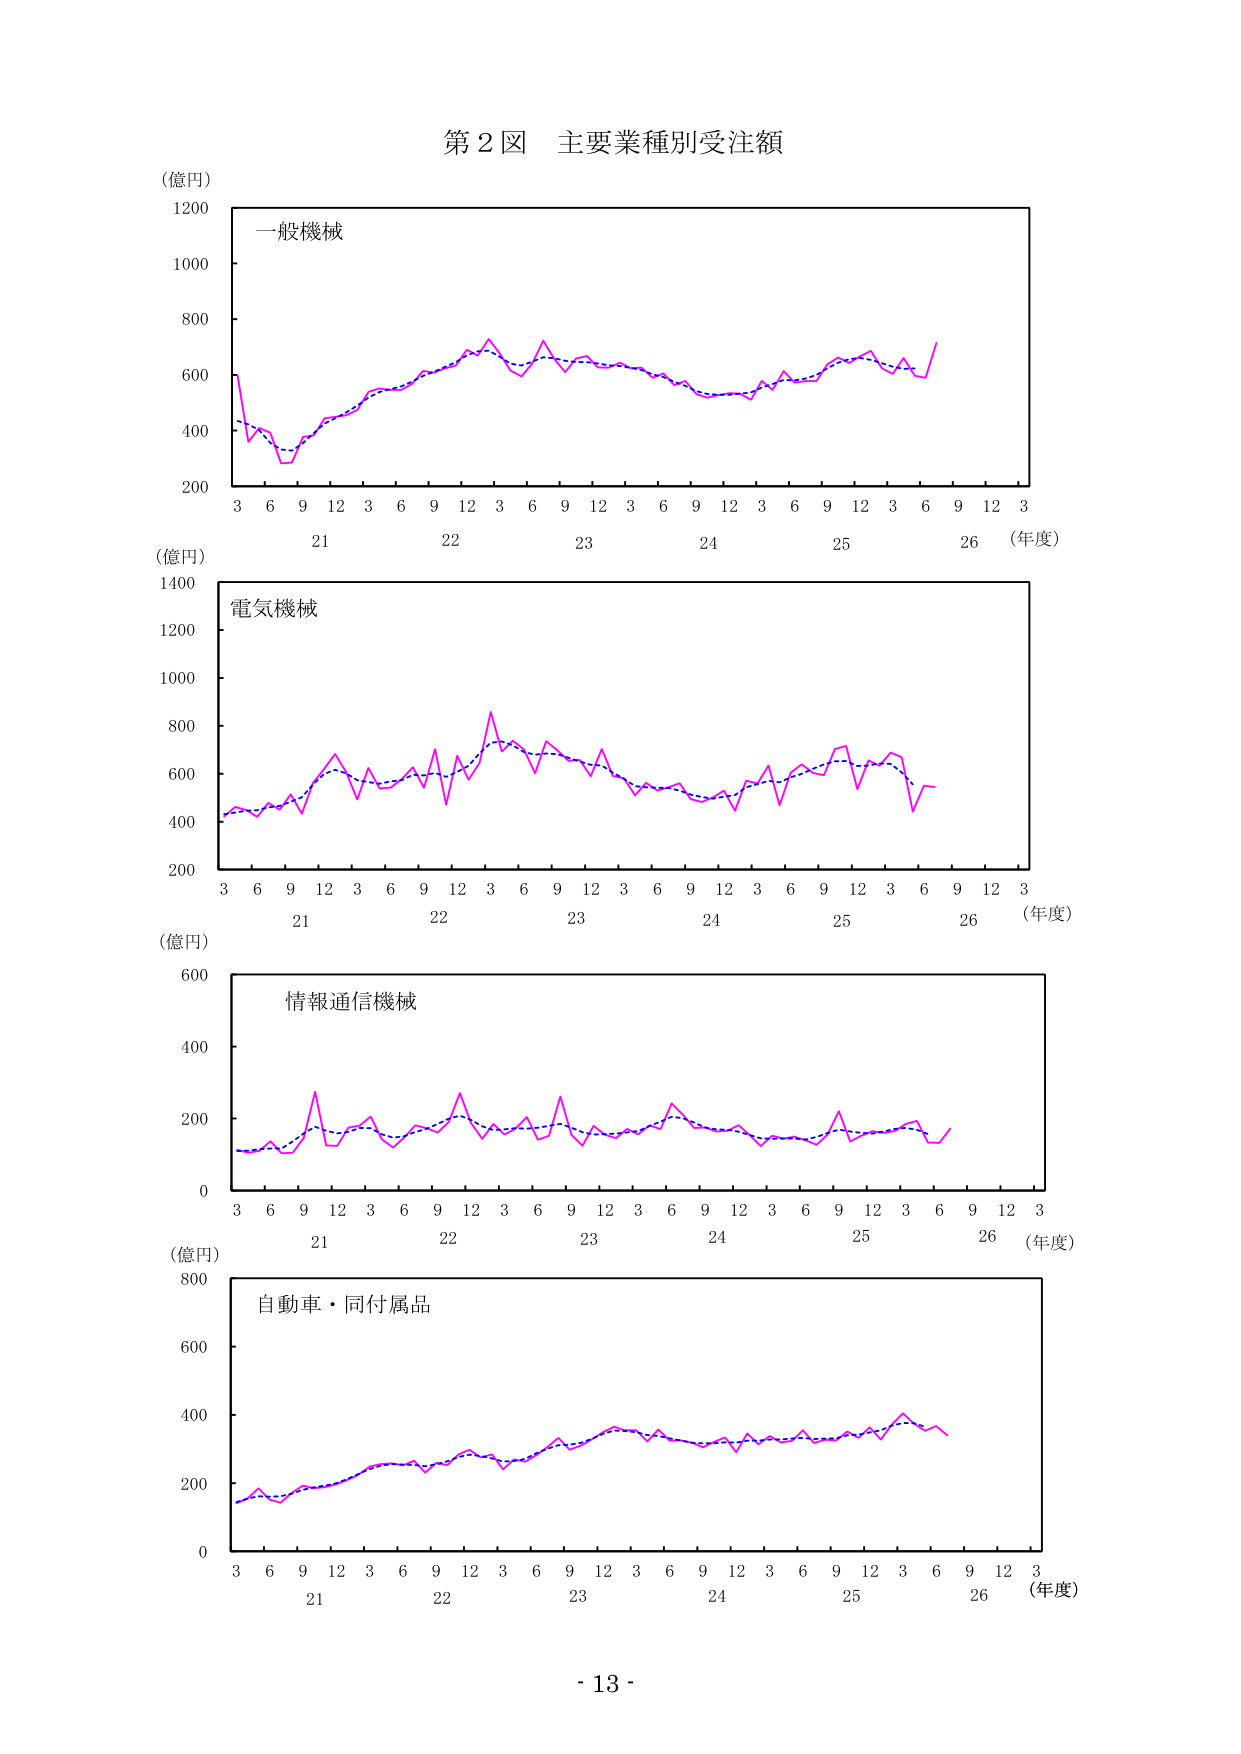
第２図 主要業種別受注額

（億円）
1200
1000
800
600
400
200
一般機械
3 6 9 12 3 6 9 12 3 6 9 12 3 6 9 12 3 6 9 12 3
21 22 23 24 25 26 （年度）

（億円）
1400
1200
1000
800
600
400
200
電気機械
3 6 9 12 3 6 9 12 3 6 9 12 3 6 9 12 3 6 9 12 3
21 22 23 24 25 26 （年度）

（億円）
600
400
200
0
情報通信機械
3 6 9 12 3 6 9 12 3 6 9 12 3 6 9 12 3 6 9 12 3
21 22 23 24 25 26 （年度）

（億円）
800
600
400
200
0
自動車・同付属品
3 6 9 12 3 6 9 12 3 6 9 12 3 6 9 12 3 6 9 12 3
21 22 23 24 25 26 （年度）

- 13 -